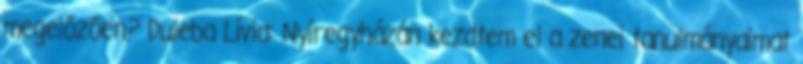
megelőzően? Duleba Lívia: Nyíregyházán kezdtem el a zenei tanulmányaimat